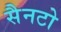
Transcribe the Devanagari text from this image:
सैनटो